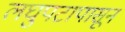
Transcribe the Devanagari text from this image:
लघुपटापासून